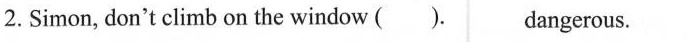
2. Simon, don't climb on the window ( dangerous.